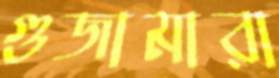
গুজামারা